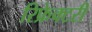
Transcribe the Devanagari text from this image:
रिफ्रेक्टरी